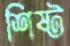
শিষ্ট